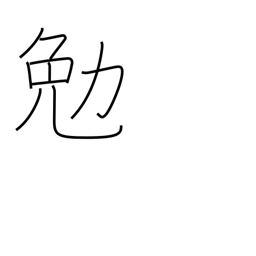
Meaning: strive